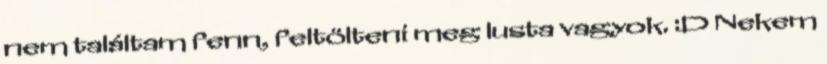
nem találtam fenn, feltölteni meg lusta vagyok. :D Nekem